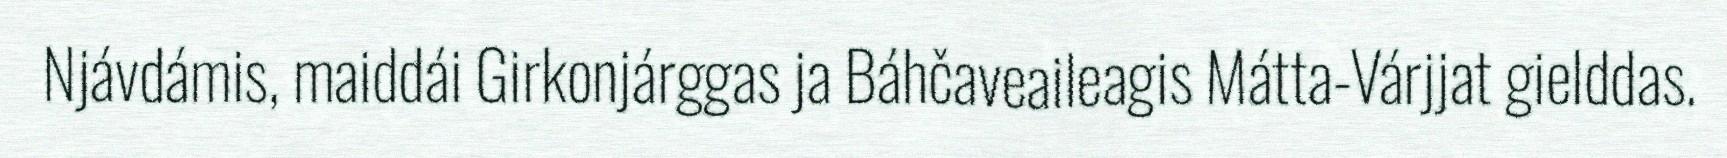
Njávdámis, maiddái Girkonjárggas ja Báhčaveaileagis Mátta-Várjjat gielddas.